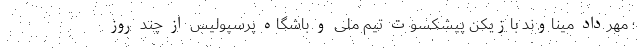
؛ مهرداد میناوند بازیکن پیشکسوت تیم ملی و باشگاه پرسپولیس از چند روز